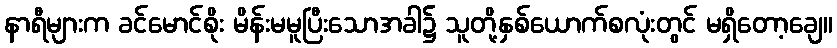
နာရီများက ခင်မောင်စိုး မိန်းမမူပြီးသောအခါ၌ သူတို့နှစ်ယောက်စလုံးတွင် မရှိတော့ချေ။